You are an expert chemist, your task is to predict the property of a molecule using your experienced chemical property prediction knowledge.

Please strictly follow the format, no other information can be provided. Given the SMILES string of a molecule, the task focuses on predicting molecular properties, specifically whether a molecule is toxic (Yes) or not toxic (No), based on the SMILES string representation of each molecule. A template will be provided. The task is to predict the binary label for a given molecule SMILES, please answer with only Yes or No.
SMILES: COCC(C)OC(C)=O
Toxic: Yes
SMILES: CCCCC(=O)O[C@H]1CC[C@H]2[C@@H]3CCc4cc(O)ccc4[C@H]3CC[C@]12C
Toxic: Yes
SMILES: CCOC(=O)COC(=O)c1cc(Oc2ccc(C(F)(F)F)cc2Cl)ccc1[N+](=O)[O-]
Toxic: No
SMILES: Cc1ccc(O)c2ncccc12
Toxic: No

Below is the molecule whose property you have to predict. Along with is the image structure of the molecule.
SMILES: ClCCl
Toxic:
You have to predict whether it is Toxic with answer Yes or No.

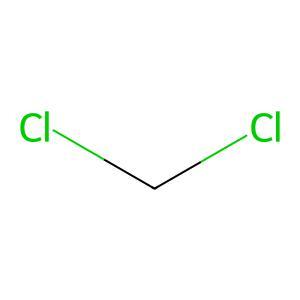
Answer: No